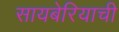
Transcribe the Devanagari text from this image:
सायबेरियाची